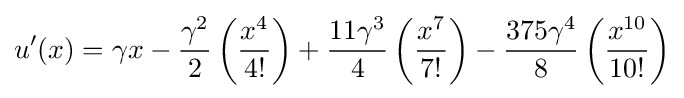
u'(x)=\gamma x-{\frac {\gamma ^{2}}{2}}\left({\frac {x^{4}}{4!}}\right)+{\frac {11\gamma ^{3}}{4}}\left({\frac {x^{7}}{7!}}\right)-{\frac {375\gamma ^{4}}{8}}\left({\frac {x^{10}}{10!}}\right)